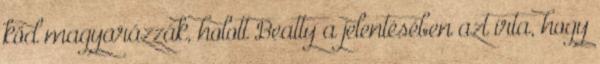
köd magyarázzák, holott Beatty a jelentésében azt írta, hogy